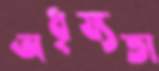
অধৃষ্যতা